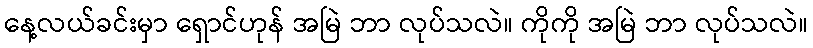
နေ့လယ်ခင်းမှာ ရှောင်ဟုန် အမြဲ ဘာ လုပ်သလဲ။ ကိုကို အမြဲ ဘာ လုပ်သလဲ။